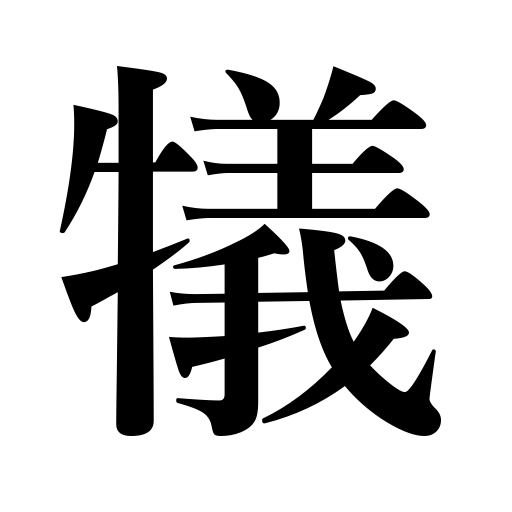
Meanings: sacrifice